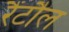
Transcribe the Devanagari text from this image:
रैंटौल